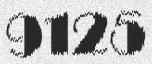
9125